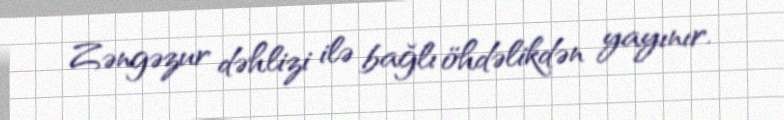
Zəngəzur dəhlizi ilə bağlı öhdəlikdən yayınır.